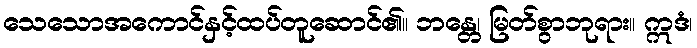
သေသောအကောင်နှင့်ထပ်တူဆောင်၏။ ဘန္တေ၊ မြတ်စွာဘုရား။ ဣဒံ၊